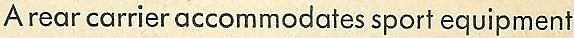
A rear carrier accommodates sport equipment